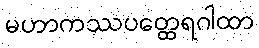
မဟာကဿပတ္ထေရဂါထာ